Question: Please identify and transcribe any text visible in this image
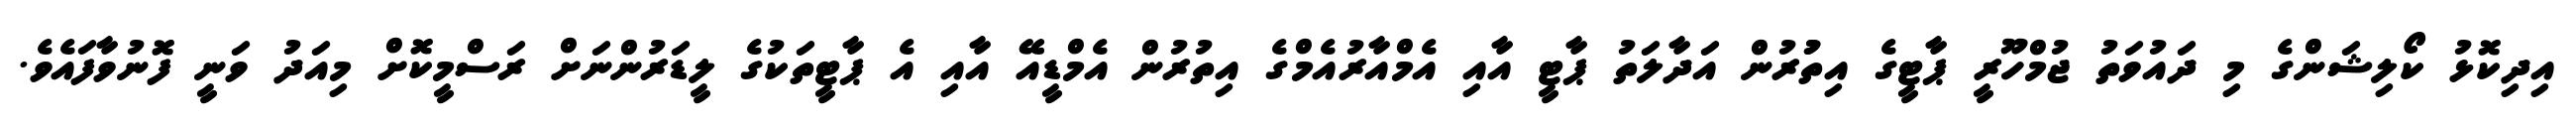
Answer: އިދިކޮޅު ކޯލިޝަންގެ މި ދައުވަތު ޖުމްހޫރީ ޕާޓީގެ އިތުުރުން އަދާލަތު ޕާޓީ އާއި އެމްއާރުއެމްގެ އިތުރުން އެމްޑީއޭ އާއި އެ ޕާޓީތަކުގެ ލީޑަރުންނަށް ރަސްމީކޮށް މިއަދު ވަނީ ފޮނުވާފައެވެ.